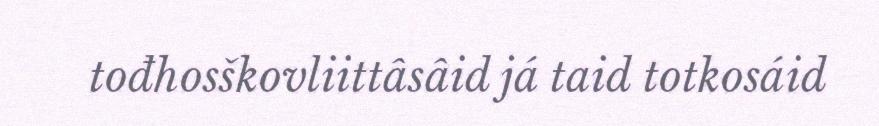
tođhosškovliittâsâid já taid totkosáid